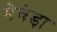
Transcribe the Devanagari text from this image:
मेचेड़ा